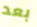
بعد